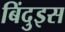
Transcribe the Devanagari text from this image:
बिंदुइस